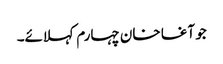
جو آغا خان چہارم کہلائے۔